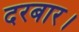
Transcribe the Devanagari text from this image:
दरबार।